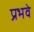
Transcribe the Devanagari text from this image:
प्रभवे